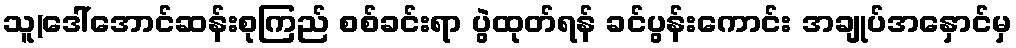
သူ(ဒေါ်အောင်ဆန်းစုကြည် စစ်ခင်းရာ ပွဲထုတ်ရန် ခင်ပွန်းကောင်း အချုပ်အနှောင်မှ